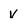
Character: v